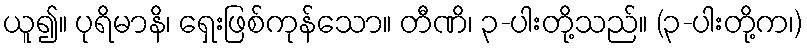
ယူ၍။ ပုရိမာနိ၊ ရှေးဖြစ်ကုန်သော။ တီဏိ၊ ၃-ပါးတို့သည်။ (၃-ပါးတို့က၊)